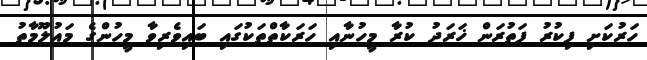
ހަރުކަށި ފިކުރު ފަތުރަން ޚަރަދު ކުރާ މީހުނާއި ހަރަކާތްތަކުގައި ބައިވެރިވާ މީހުންގެ މައުލޫމާތު